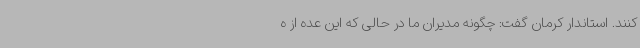
کنند. استاندار کرمان گفت: چگونه مدیران ما در حالی که این عده از ه